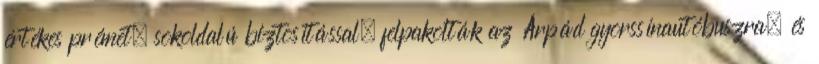
értékes prémet, sokoldalú biztosítással, felpakolták az Árpád gyorssínautóbuszra, és